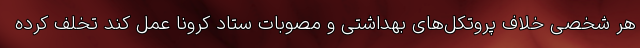
هر شخصی خلاف پروتکل‌های بهداشتی و مصوبات ستاد کرونا عمل کند تخلف کرده